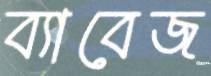
ব্যাবেজ